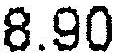
8.90